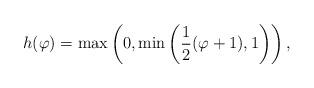
LaTeX: \begin{align*}h(\varphi) = \max \left ( 0, \min \left ( \frac{1}{2}(\varphi + 1) , 1 \right ) \right ),\end{align*}